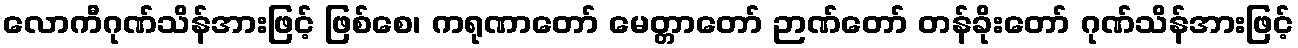
လောကီဂုဏ်သိန်အားဖြင့် ဖြစ်စေ၊ ကရုဏာတော် မေတ္တာတော် ဉာဏ်တော် တန်ခိုးတော် ဂုဏ်သိန်အားဖြင့်